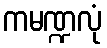
ကမဏ္ဍလုံ